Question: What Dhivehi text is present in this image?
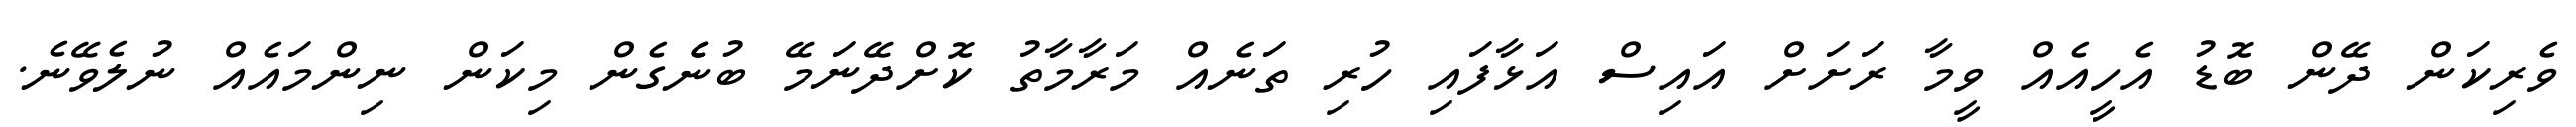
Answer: ވެރިކަން ދޭން ބޮޑު އެހީއެއް ވީމާ ރަށަށް އައިސް އަޅާފައި ހުރި ތަނެއް މަރާމާތު ކޮށްދޭނަމޭ ބުނެެގެން މިކަން ނިންމައެއް ނުލެވޭނެ.